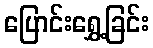
ပြောင်းရွှေ့ခြင်း